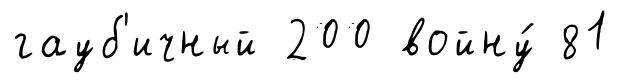
гауб'ичный 200 войну́ 81